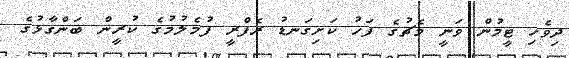
ދިވެހި ޓީމުން ވަނީ މެޗުގެ ފަހު ކަށިގަނޑު ރެފްރީ ފުމެލުމުގެ ކުރީން ބަންގާޅުގެ